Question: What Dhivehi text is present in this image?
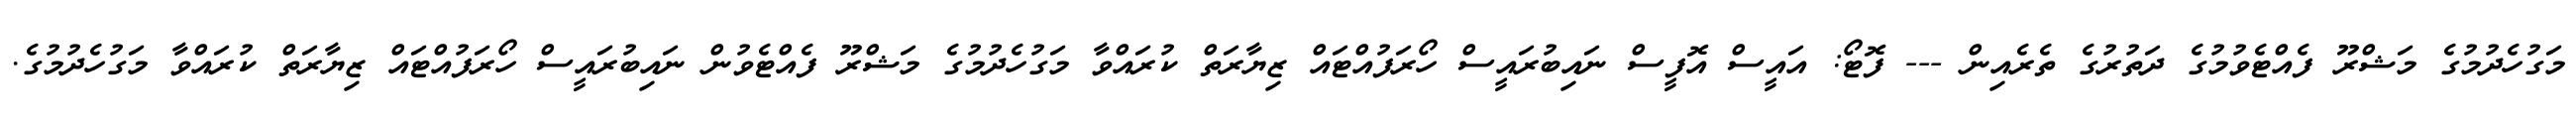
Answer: މަގުހެދުމުގެ މަޝްރޫ ފެއްޓެވުމުގެ ދަތުރުގެ ތެރެއިން --- ފޮޓޯ: އައީސް އޮފީސް ނައިބުރައީސް ހޯރަފުއްޓައް ޒިޔާރަތް ކުރައްވާ މަގުހެދުމުގެ މަޝްރޫ ފެއްޓެވުން ނައިބުރައީސް ހޯރަފުއްޓައް ޒިޔާރަތް ކުރައްވާ މަގުހެދުމުގެ.